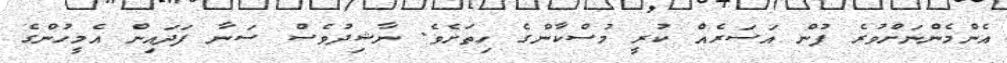
އެންމެންނަށްވުރެ ފުން އަސަރެއް ކުރީ މުސްކާންގެ ހިތަށެވެ. ނާޝިދުވެސް ސަނާ ފަދައިން އެމީހުންގެ